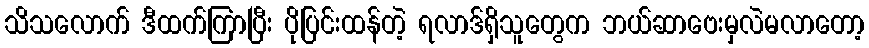
သိသလောက် ဒီထက်ကြာပြီး ပိုပြင်းထန်တဲ့ ရလာဒ်ရှိသူတွေက ဘယ်ဆာဗေးမှလဲမလာတော့